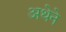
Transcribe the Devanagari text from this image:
अथेने